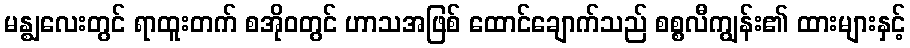
မန္ဈလေးတွင် ရာထူးတက် စအိုဝတွင် ဟာသအဖြစ် ထောင်ချောက်သည် စစ္စလီကျွန်း၏ ထားများနှင့်